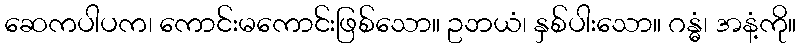
ဆေကပါပက၊ ကောင်းမကောင်းဖြစ်သော။ ဥဘယံ၊ နှစ်ပါးသော။ ဂန္ဓံ၊ အနံ့ကို။